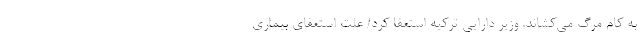
به کام مرگ می‌کشاند. وزیر دارایی ترکیه استعفا کرد/ علت استعفای بیماری